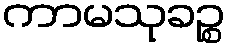
ကာမသုခဉ္စ